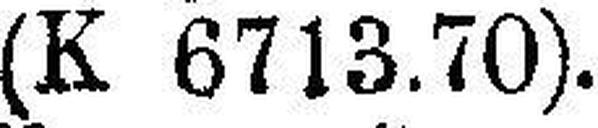
(K 6713.70).